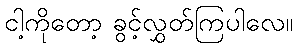
ငါ့ကိုတော့ ခွင့်လွှတ်ကြပါလေ။